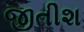
જીતીશ